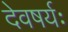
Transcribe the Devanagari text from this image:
देवषर्यः